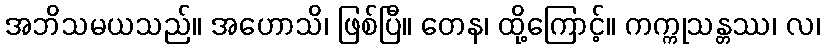
အဘိသမယသည်။ အဟောသိ၊ ဖြစ်ပြီ။ တေန၊ ထို့ကြောင့်။ ကက္ကုသန္တဿ၊ လ၊